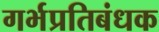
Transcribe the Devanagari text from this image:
गर्भप्रतिबंधक